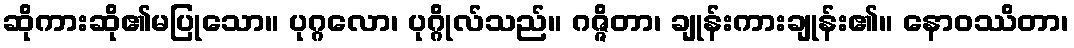
ဆိုကားဆို၏မပြုသော။ ပုဂ္ဂလော၊ ပုဂ္ဂိုလ်သည်။ ဂဇ္ဇိတာ၊ ချုန်းကားချုန်း၏။ နောဝဿိတာ၊